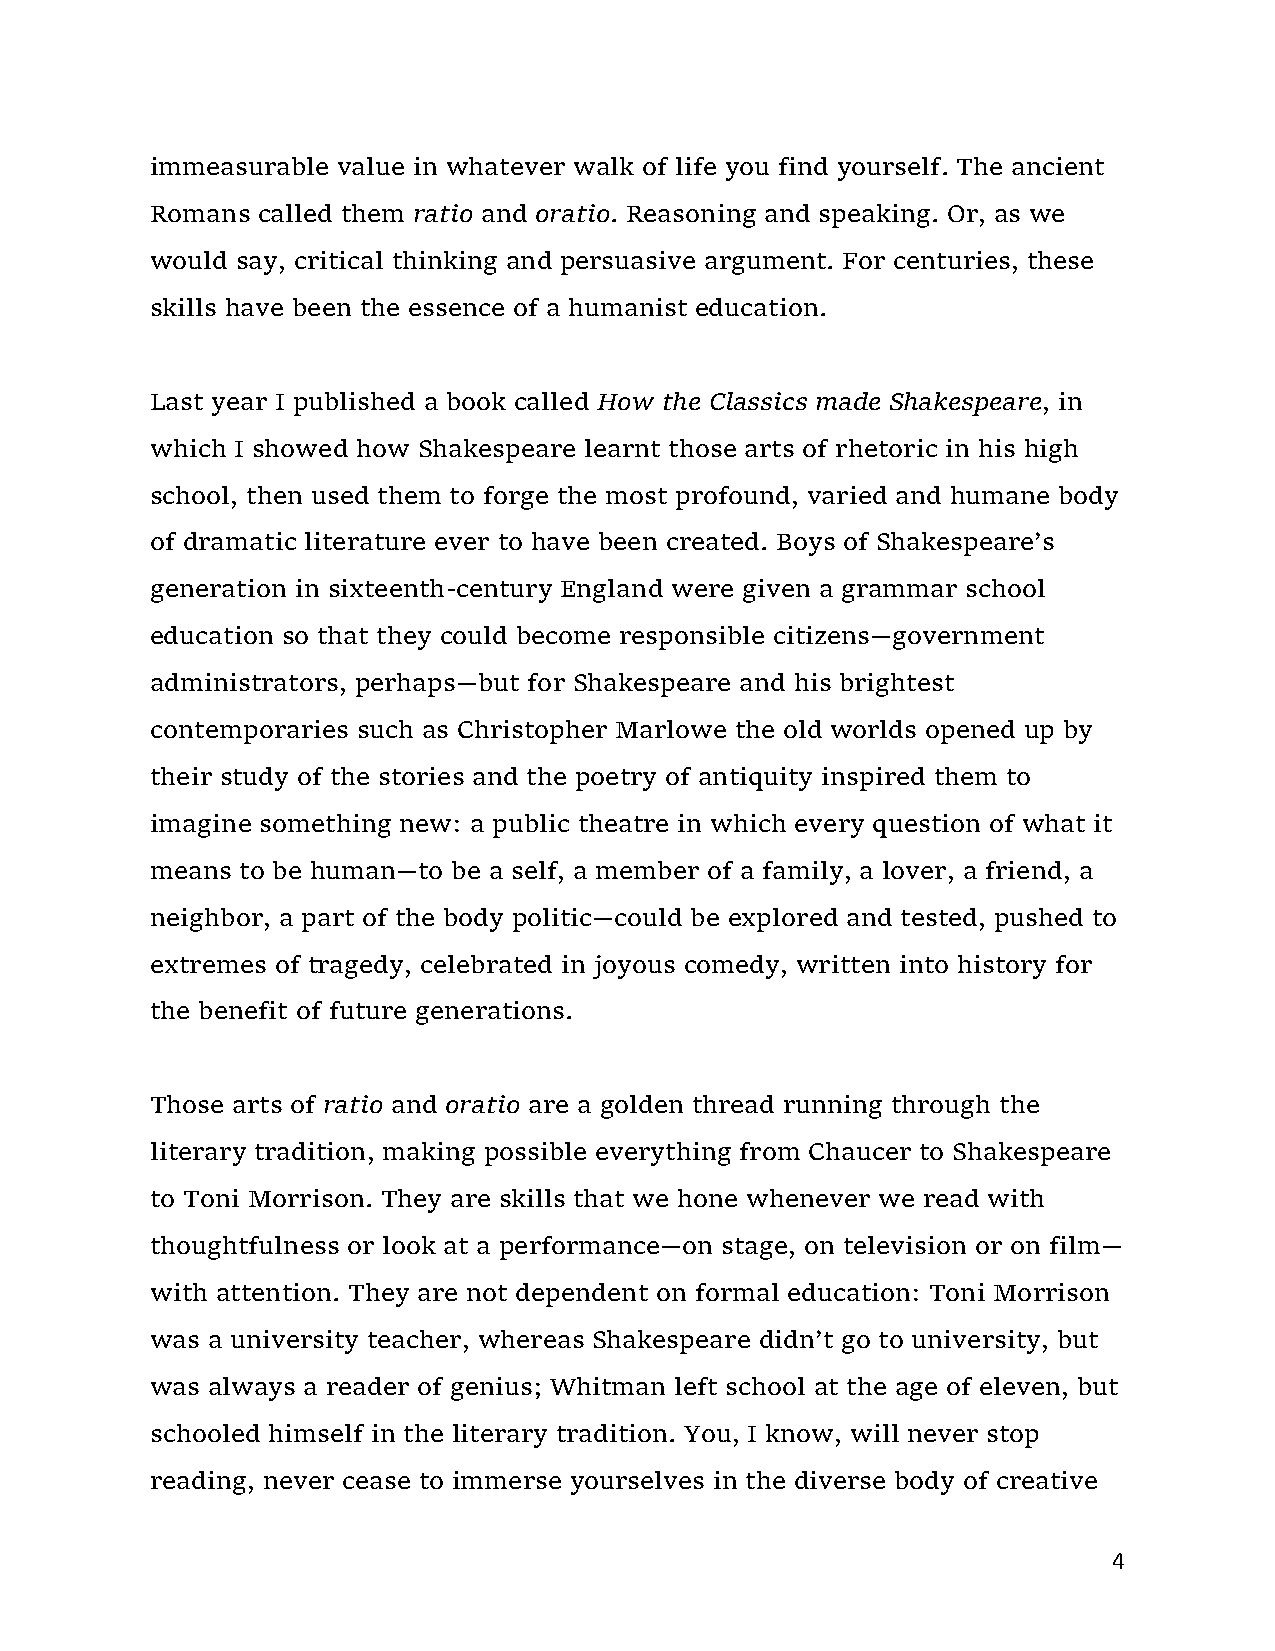
immeasurable value in whatever walk of life you find yourself. The ancient
 Romans called them ratio and oratio. Reasoning and speaking. Or, as we
 would say, critical thinking and persuasive argument. For centuries, these
 skills have been the essence of a humanist education.
 Last year I published a book called How the Classics made Shakespeare, in
 which I showed how Shakespeare learnt those arts of rhetoric in his high
 school, then used them to forge the most profound, varied and humane body
 of dramatic literature ever to have been created. Boys of Shakespeare’s
 generation in sixteenth‐century England were given a grammar school
 education so that they could become responsible citizens—government
 administrators, perhaps—but for Shakespeare and his brightest
 contemporaries such as Christopher Marlowe the old worlds opened up by
 their study of the stories and the poetry of antiquity inspired them to
 imagine something new: a public theatre in which every question of what it
 means to be human—to be a self, a member of a family, a lover, a friend, a
 neighbor, a part of the body politic—could be explored and tested, pushed to
 extremes of tragedy, celebrated in joyous comedy, written into history for
 the benefit of future generations.
 Those arts of ratio and oratio are a golden thread running through the
 literary tradition, making possible everything from Chaucer to Shakespeare
 to Toni Morrison. They are skills that we hone whenever we read with
 thoughtfulness or look at a performance—on stage, on television or on film—
 with attention. They are not dependent on formal education: Toni Morrison
 was a university teacher, whereas Shakespeare didn’t go to university, but
 was always a reader of genius; Whitman left school at the age of eleven, but
 schooled himself in the literary tradition. You, I know, will never stop
 reading, never cease to immerse yourselves in the diverse body of creative
 4